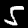
Digit: 5